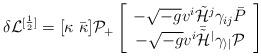
LaTeX: \begin{align*}\delta {\cal L}^{[\frac{1}{2}]} = [\kappa \ \bar{\kappa}] {\cal P}_{+} \left[\begin{array}{c}- \sqrt{-g} v^{i} \tilde{\cal H}^{j} \gamma_{i j} \bar{P} \\- \sqrt{-g} v^{i} \bar{\tilde{\cal H}}^{j} \gamma_{i j} P\end{array}\right] \end{align*}